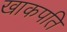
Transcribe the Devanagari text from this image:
खाकपति